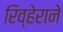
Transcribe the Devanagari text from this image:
रिव्हेराने